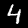
Label: 4